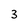
Character: 3